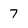
Character: 7